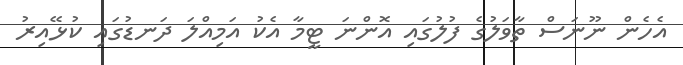
އެހެން ނޫނަސް ތާވަލުގެ ފުލުގައި އޮންނަ ޓީމާ އެކު އަމިއްލަ ދަނޑުގައި ކުޅޭއިރު